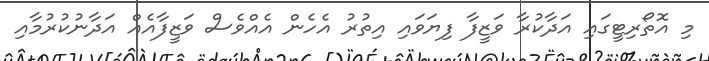
މި އޮތޯރިޓީގައި އަދާކުރާ ވަޒީފާ ފިޔަވައި އިތުރު އެހެން އެއްވެސް ވަޒީފާއެއް އަދާނުކުރުމާއި